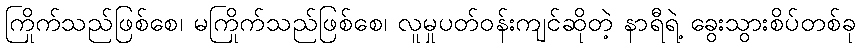
ကြိုက်သည်ဖြစ်စေ၊ မကြိုက်သည်ဖြစ်စေ၊ လူမှုပတ်ဝန်းကျင်ဆိုတဲ့ နာရီရဲ့ ခွေးသွားစိပ်တစ်ခု